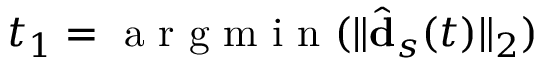
t _ { 1 } = \mathrm { ~ a ~ r ~ g ~ m ~ i ~ n ~ } ( \| \hat { \mathbf { d } } _ { s } ( t ) \| _ { 2 } )